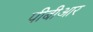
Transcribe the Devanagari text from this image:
पीबीआर